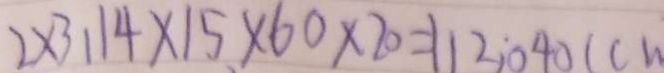
2 \times 3 . 1 4 \times 1 5 \times 6 0 \times 2 0 = 1 1 2 , ; 0 4 0 ( c m